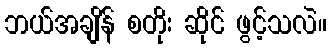
ဘယ်အချိန် စတိုး ဆိုင် ဖွင့်သလဲ။